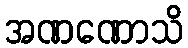
အဏဏောသိ